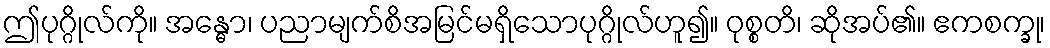
ဤပုဂ္ဂိုလ်ကို။ အန္ဓော၊ ပညာမျက်စိအမြင်မရှိသောပုဂ္ဂိုလ်ဟူ၍။ ဝုစ္စတိ၊ ဆိုအပ်၏။ ဧကစက္ခု၊